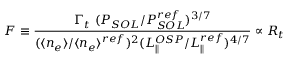
F \equiv \frac { \Gamma _ { t } ~ ( P _ { S O L } / P _ { S O L } ^ { r e f } ) ^ { 3 / 7 } } { ( \langle n _ { e } \rangle / \langle n _ { e } \rangle ^ { r e f } ) ^ { 2 } ( L _ { \parallel } ^ { O S P } / L _ { \parallel } ^ { r e f } ) ^ { 4 / 7 } } \propto R _ { t }